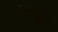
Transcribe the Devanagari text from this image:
हिंदूही